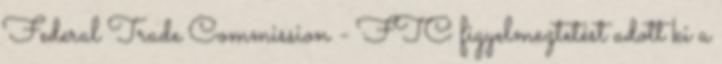
Federal Trade Commission - FTC figyelmeztetést adott ki a